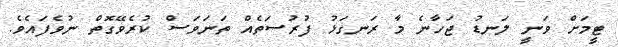
ޓީމަށް ވަނީ ލަނޑު ޖަހާނެ މާ ރަނގަޅު ފުރުސަތެއް ތަނަވަސް ކުރެވޭގޮތް ނުވެފައެވެ.